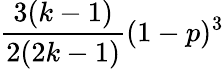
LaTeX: \frac{3(k-1)}{2(2k-1)}(1-p)^{3}